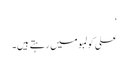
‘
علی کولمبو میں رہتے ہیں۔